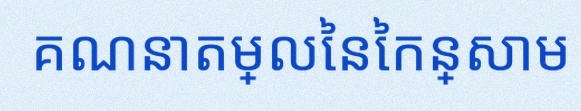
គណនាតម្លៃនៃកន្សោម